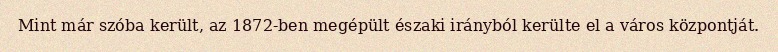
Mint már szóba került, az 1872-ben megépült északi irányból kerülte el a város központját.